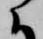
に